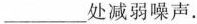
___处减弱噪声.